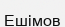
Ешімов